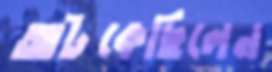
আটকেছিলেন